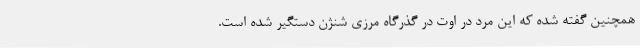
همچنین گفته شده که این مرد در اوت در گذرگاه مرزی شنژن دستگیر شده است.